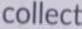
collect